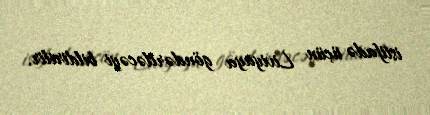
istifadə üçün Liviyaya göndəriləcəyi bildirilir.